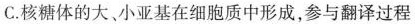
C.核糖体的大、小亚基在细胞质中形成，参与翻译过程